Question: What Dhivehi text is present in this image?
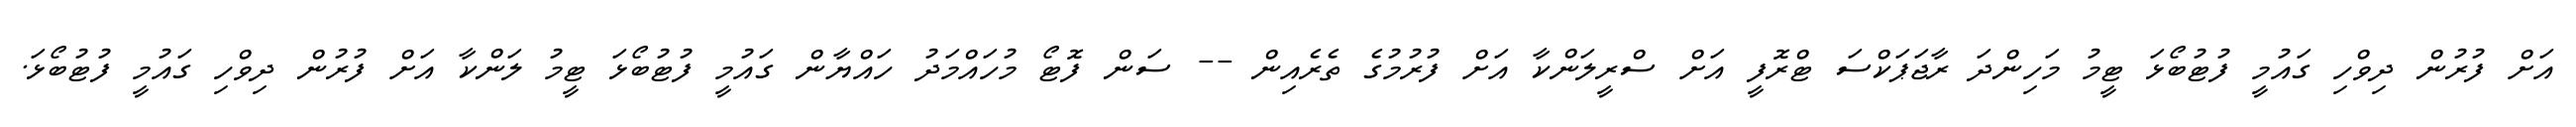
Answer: އަށް ފުރުން ދިވްހި ގައުމީ ފުޓުބޯޅަ ޓީމު މަހިންދަ ރާޖަޕަކްސަ ޓްރޮފީ އަށް ސްރީލަންކާ އަށް ފުރުމުގެ ތެރެއިން -- ސަން ފޮޓޯ މުހައްމަދު ހައްޔާން ގައުމީ ފުޓުބޯޅަ ޓީމު ލަންކާ އަށް ފުރުން ދިވްހި ގައުމީ ފުޓުބޯޅަ.